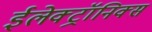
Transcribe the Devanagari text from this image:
ईलेक्ट्रॉनिक्स